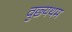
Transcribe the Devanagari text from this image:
वुछ्यथम